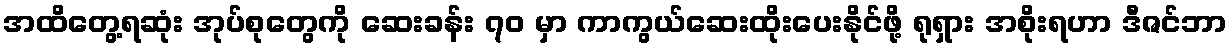
အထိတွေ့ရဆုံး အုပ်စုတွေကို ဆေးခန်း ၇၀ မှာ ကာကွယ်ဆေးထိုးပေးနိုင်ဖို့ ရုရှား အစိုးရဟာ ဒီဇင်ဘာ